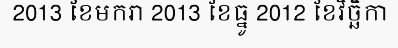
2013 ខែមករា 2013 ខែធ្នូ 2012 ខែវិច្ឆិកា